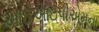
આઇઆઇપીએમના